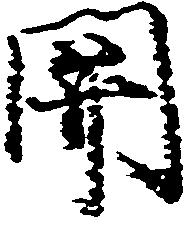
関